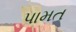
પામત